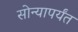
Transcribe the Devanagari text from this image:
सोन्यापर्यंत